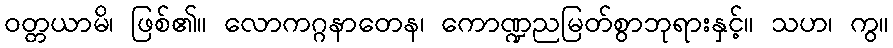
ဝတ္တယာမိ၊ ဖြစ်၏။ လောကဂ္ဂနာတေန၊ ကောဏ္ဍညမြတ်စွာဘုရားနှင့်။ သဟ၊ ကွ။